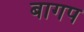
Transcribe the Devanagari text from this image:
बागप